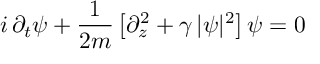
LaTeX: i \, \partial _ { t } \psi + \frac { 1 } { 2 m } \left[ \partial _ { z } ^ { 2 } + \gamma \, | \psi | ^ { 2 } \right] \psi = 0